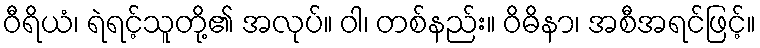
ဝီရိယံ၊ ရဲရင့်သူတို့၏ အလုပ်။ ဝါ၊ တစ်နည်း။ ဝိဓိနာ၊ အစီအရင်ဖြင့်။